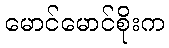
မောင်မောင်စိုးက